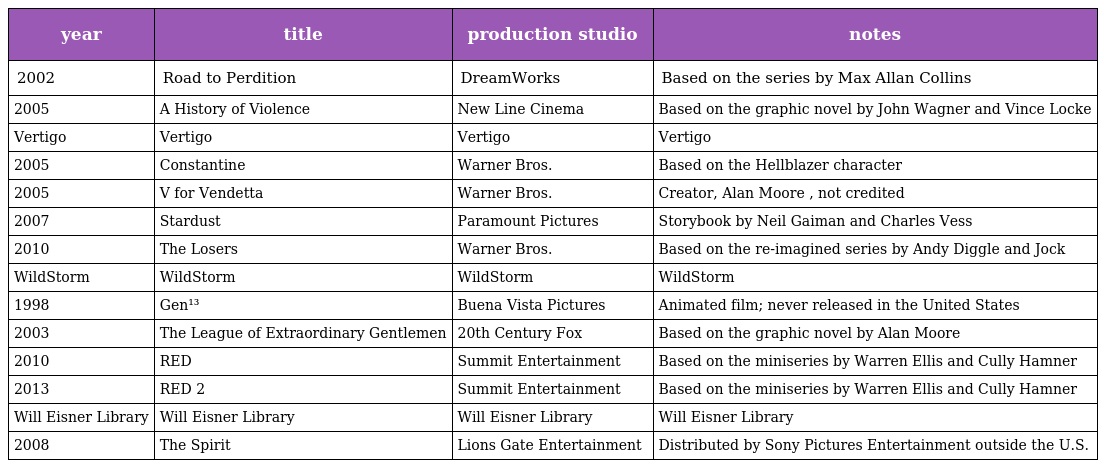
| year | title | production studio | notes |
 | --- | --- | --- | --- |
 | 2002 | Road to Perdition | DreamWorks | Based on the series by Max Allan Collins |
 | 2005 | A History of Violence | New Line Cinema | Based on the graphic novel by John Wagner and Vince Locke |
 | Vertigo | Vertigo | Vertigo | Vertigo |
 | 2005 | Constantine | Warner Bros. | Based on the Hellblazer character |
 | 2005 | V for Vendetta | Warner Bros. | Creator, Alan Moore , not credited |
 | 2007 | Stardust | Paramount Pictures | Storybook by Neil Gaiman and Charles Vess |
 | 2010 | The Losers | Warner Bros. | Based on the re-imagined series by Andy Diggle and Jock |
 | WildStorm | WildStorm | WildStorm | WildStorm |
 | 1998 | Gen¹³ | Buena Vista Pictures | Animated film; never released in the United States |
 | 2003 | The League of Extraordinary Gentlemen | 20th Century Fox | Based on the graphic novel by Alan Moore |
 | 2010 | RED | Summit Entertainment | Based on the miniseries by Warren Ellis and Cully Hamner |
 | 2013 | RED 2 | Summit Entertainment | Based on the miniseries by Warren Ellis and Cully Hamner |
 | Will Eisner Library | Will Eisner Library | Will Eisner Library | Will Eisner Library |
 | 2008 | The Spirit | Lions Gate Entertainment | Distributed by Sony Pictures Entertainment outside the U.S. |